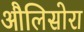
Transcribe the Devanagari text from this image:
औलिसोरा